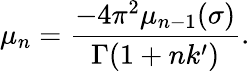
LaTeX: \mu_{n}=\frac{-4\pi^{2}\mu_{n-1}(\sigma)}{\Gamma(1+nk^{\prime})}.